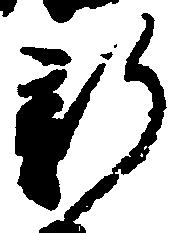
新